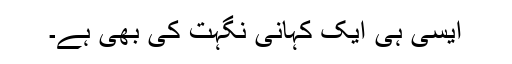
ایسی ہی ایک کہانی نگہت کی بھی ہے۔